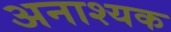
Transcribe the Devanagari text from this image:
अनाश्यक